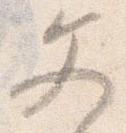
文